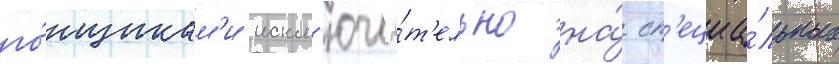
го́нщикам'и искл'ючи́т'ельно на́ сп'ециа́льных